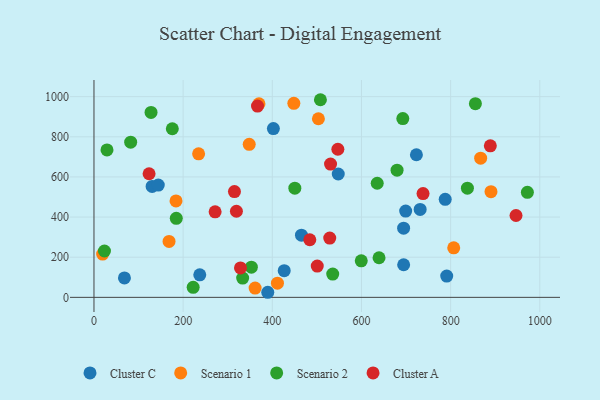
{"axis": {"x": "Study Hours", "y": "Yield"}, "legend": ["Cluster A", "Cluster C", "Scenario 1", "Scenario 2"], "data": [{"x": "402.4", "y": 841.1, "type": "Cluster C"}, {"x": "723.2", "y": 710.6, "type": "Cluster C"}, {"x": "68.3", "y": 97.0, "type": "Cluster C"}, {"x": "237.3", "y": 112.1, "type": "Cluster C"}, {"x": "791.2", "y": 105.8, "type": "Cluster C"}, {"x": "130.4", "y": 552.7, "type": "Cluster C"}, {"x": "694.5", "y": 344.9, "type": "Cluster C"}, {"x": "694.6", "y": 162.5, "type": "Cluster C"}, {"x": "731.6", "y": 438.0, "type": "Cluster C"}, {"x": "787.8", "y": 488.6, "type": "Cluster C"}, {"x": "426.7", "y": 132.9, "type": "Cluster C"}, {"x": "389.8", "y": 25.3, "type": "Cluster C"}, {"x": "144.2", "y": 559.3, "type": "Cluster C"}, {"x": "465.4", "y": 310.0, "type": "Cluster C"}, {"x": "547.9", "y": 614.5, "type": "Cluster C"}, {"x": "699.1", "y": 429.9, "type": "Cluster C"}, {"x": "806.9", "y": 246.7, "type": "Scenario 1"}, {"x": "448.3", "y": 966.8, "type": "Scenario 1"}, {"x": "503.4", "y": 889.8, "type": "Scenario 1"}, {"x": "184.0", "y": 480.4, "type": "Scenario 1"}, {"x": "890.5", "y": 526.4, "type": "Scenario 1"}, {"x": "19.4", "y": 215.8, "type": "Scenario 1"}, {"x": "867.3", "y": 693.5, "type": "Scenario 1"}, {"x": "361.4", "y": 46.3, "type": "Scenario 1"}, {"x": "234.7", "y": 715.0, "type": "Scenario 1"}, {"x": "411.5", "y": 70.6, "type": "Scenario 1"}, {"x": "168.4", "y": 278.5, "type": "Scenario 1"}, {"x": "348.2", "y": 762.3, "type": "Scenario 1"}, {"x": "370.1", "y": 964.1, "type": "Scenario 1"}, {"x": "679.8", "y": 633.6, "type": "Scenario 2"}, {"x": "82.3", "y": 773.2, "type": "Scenario 2"}, {"x": "29.2", "y": 734.5, "type": "Scenario 2"}, {"x": "23.5", "y": 230.9, "type": "Scenario 2"}, {"x": "635.3", "y": 568.6, "type": "Scenario 2"}, {"x": "535.5", "y": 116.0, "type": "Scenario 2"}, {"x": "599.5", "y": 182.0, "type": "Scenario 2"}, {"x": "353.0", "y": 150.5, "type": "Scenario 2"}, {"x": "972.1", "y": 523.3, "type": "Scenario 2"}, {"x": "222.5", "y": 49.9, "type": "Scenario 2"}, {"x": "639.4", "y": 197.4, "type": "Scenario 2"}, {"x": "184.6", "y": 393.6, "type": "Scenario 2"}, {"x": "175.7", "y": 840.2, "type": "Scenario 2"}, {"x": "855.5", "y": 965.1, "type": "Scenario 2"}, {"x": "837.6", "y": 544.1, "type": "Scenario 2"}, {"x": "450.5", "y": 544.0, "type": "Scenario 2"}, {"x": "507.9", "y": 984.7, "type": "Scenario 2"}, {"x": "692.7", "y": 890.8, "type": "Scenario 2"}, {"x": "333.5", "y": 95.9, "type": "Scenario 2"}, {"x": "128.0", "y": 921.4, "type": "Scenario 2"}, {"x": "889.0", "y": 755.0, "type": "Cluster A"}, {"x": "271.7", "y": 426.2, "type": "Cluster A"}, {"x": "315.1", "y": 527.0, "type": "Cluster A"}, {"x": "528.8", "y": 295.5, "type": "Cluster A"}, {"x": "738.1", "y": 517.1, "type": "Cluster A"}, {"x": "500.8", "y": 155.9, "type": "Cluster A"}, {"x": "328.6", "y": 146.6, "type": "Cluster A"}, {"x": "366.8", "y": 952.9, "type": "Cluster A"}, {"x": "319.5", "y": 429.1, "type": "Cluster A"}, {"x": "530.6", "y": 664.0, "type": "Cluster A"}, {"x": "484.1", "y": 287.1, "type": "Cluster A"}, {"x": "547.0", "y": 738.0, "type": "Cluster A"}, {"x": "946.6", "y": 407.9, "type": "Cluster A"}, {"x": "123.6", "y": 615.9, "type": "Cluster A"}]}